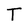
Character: T